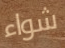
شواء